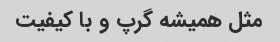
مثل همیشه گرپ و با کیفیت